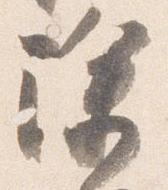
除